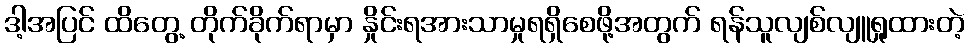
ဒါ့အပြင် ထိတွေ့ တိုက်ခိုက်ရာမှာ နှိုင်းရအားသာမှုရရှိစေဖို့အတွက် ရန်သူလျစ်လျူရှုထားတဲ့